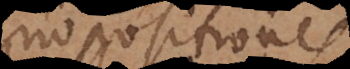
ropositiones